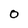
Character: O